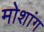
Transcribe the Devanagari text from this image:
मोशांग